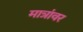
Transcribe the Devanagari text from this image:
मात्रांवर